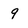
Character: 9